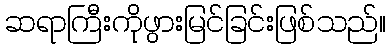
ဆရာကြီးကိုဖွားမြင်ခြင်းဖြစ်သည်။